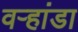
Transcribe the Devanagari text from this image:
वर्‍हांडा